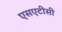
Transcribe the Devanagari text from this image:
एसएटीसी